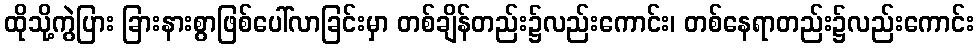
ထိုသို့ကွဲပြား ခြားနားစွာဖြစ်ပေါ်လာခြင်းမှာ တစ်ချိန်တည်း၌လည်းကောင်း၊ တစ်နေရာတည်း၌လည်းကောင်း